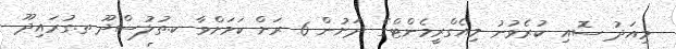
މިއަދު ސޮއި ކުރެވުނު މިއެގްރީމެންޓްގެ ދަށުން 6 ރަށް ކަމަށްވާ ކ.ތުލުސްދޫ ތ.ގުރައިދޫ